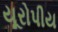
યૂરોપીય